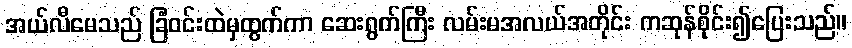
အယ်လီမေသည် ခြံဝင်းထဲမှထွက်ကာ ဆေးရွက်ကြီး လမ်းမအလယ်အတိုင်း ကဆုန်စိုင်း၍ပြေးသည်။